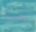
شئ